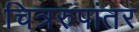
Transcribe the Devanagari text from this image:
चित्ररुपांतर